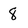
Character: 8